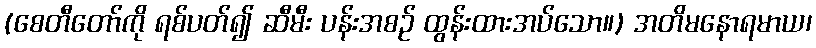
(စေတီတော်ကို ရစ်ပတ်၍ ဆီမီး ပန်းအစဉ် ထွန်းထားအပ်သော။) အတိမနောရမာယ၊